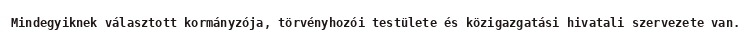
Mindegyiknek választott kormányzója, törvényhozói testülete és közigazgatási hivatali szervezete van.